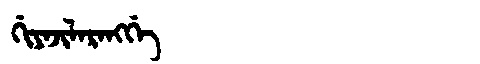
Manchu: ᡤᡳᠶᠠᠵᡳᠯᠠᡵᠠᠩᡤᡝ
Romanization: GIYAJILARANGGE